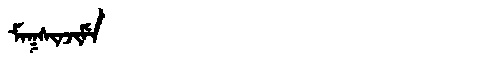
Manchu: ᠮᠠᡴᠰᡳᠨᠵᡳᠮᡝ
Romanization: MAKSINJIME